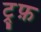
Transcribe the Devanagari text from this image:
ट्र्फ़